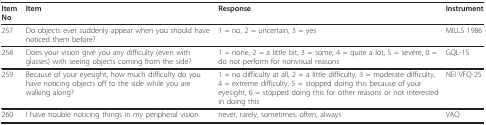
| Item No | Item | Response | Instrument |
 | --- | --- | --- | --- |
 | 257 | Do objects ever suddenly appear when you should have noticed them before? | 1 = no, 2 = uncertain, 3 = yes | MILLS 1986 |
 | 258 | Does your vision give you any difficulty (even with glasses) with seeing objects coming from the side? | 1 = none, 2 = a little bit, 3 = some, 4 = quite a lot, 5 = severe, 0 = do not perform for nonvisual reasons | GQL-15 |
 | 259 | Because of your eyesight, how much difficulty do you have noticing objects off to the side while you are walking along? | 1 = no difficulty at all, 2 = a little difficulty, 3 = moderate difficulty, 4 = extreme difficulty, 5 = stopped doing this because of your eyesight, 6 = stopped doing this for other reasons or not interested in doing this | NEI VFQ-25 |
 | 260 | I have trouble noticing things in my peripheral vision. | never, rarely, sometimes, often, always | VAQ |